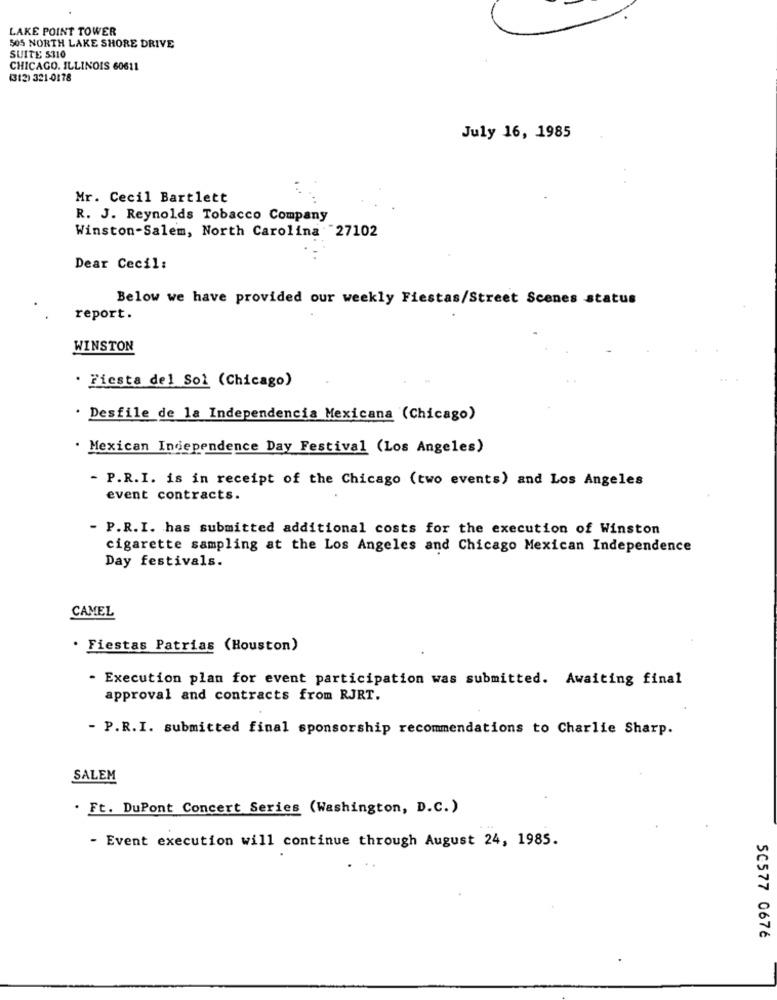
LAKE POINT TOWER
505 NORTH LAKE SHORE DRIVE
SUITE $310
CHICAGO, ILLINOIS 60611
(312) 321-0178
July 16, 1985
Mr. Cecil Bartlett
R. J. Reynolds Tobacco Company
Winston-Salem, North Carolina 27102
Dear Cecil:
Below we have provided our weekly Fiestas/Street Scenes status
report.
WINSTON
· Fiesta del Sol (Chicago)
Desfile de la Independencia Mexicana (Chicago)
Mexican Independence Day Festival (Los Angeles)
- P.R.I. is in receipt of the Chicago (two events) and Los Angeles
event contracts.
- P.R.I. has submitted additional costs for the execution of Winston
cigarette sampling at the Los Angeles and Chicago Mexican Independence
Day festivals.
CAMEL
. Fiestas Patrias (Houston)
- Execution plan for event participation was submitted. Awaiting final
approval and contracts from RJRT.
- P.R.I. submitted final sponsorship recommendations to Charlie Sharp.
SALEM
. Ft. DuPont Concert Series (Washington, D.C.)
- Event execution will continue through August 24, 1985.
50577 0676